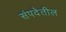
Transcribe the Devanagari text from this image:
संपदेतील